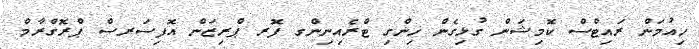
ހިއުމަން ރައިޓްސް ކޮމިޝަން ގުޅިގެން ހިންގި ޓްރެއިނިންގ ފޮރ ޕްރިޒަން އޮފިސަރސް ޕްރޮގްރާމް